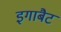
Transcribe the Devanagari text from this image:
इगाबैट